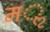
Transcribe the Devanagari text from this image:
मॢ